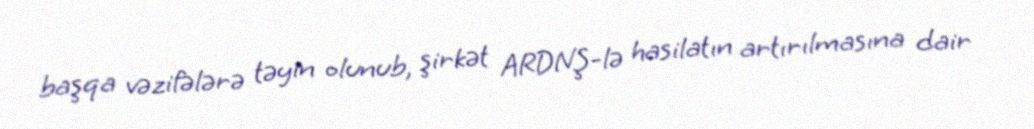
başqa vəzifələrə təyin olunub, şirkət ARDNŞ-lə hasilatın artırılmasına dair